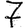
Digit: 7